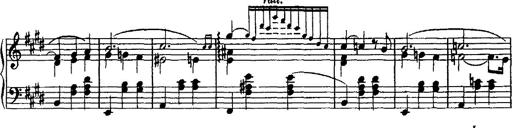
Title: Valse mÃ©lancolique
Composer: Paul Vidal
Key: F-sharp minor